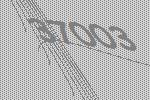
37003